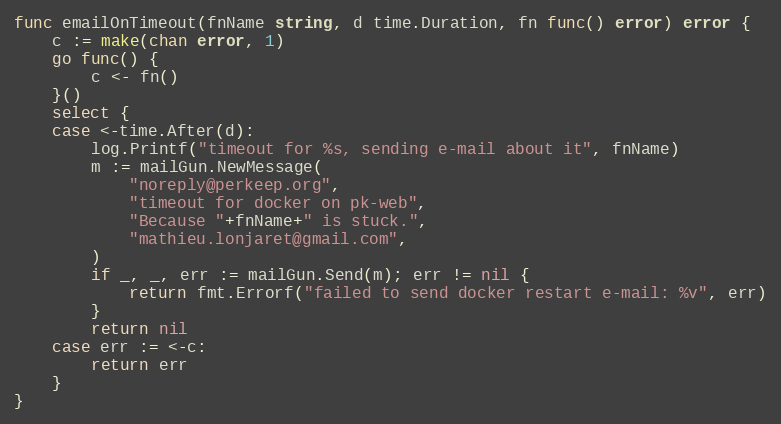
Language: Go
func emailOnTimeout(fnName string, d time.Duration, fn func() error) error {
	c := make(chan error, 1)
	go func() {
		c <- fn()
	}()
	select {
	case <-time.After(d):
		log.Printf("timeout for %s, sending e-mail about it", fnName)
		m := mailGun.NewMessage(
			"noreply@perkeep.org",
			"timeout for docker on pk-web",
			"Because "+fnName+" is stuck.",
			"mathieu.lonjaret@gmail.com",
		)
		if _, _, err := mailGun.Send(m); err != nil {
			return fmt.Errorf("failed to send docker restart e-mail: %v", err)
		}
		return nil
	case err := <-c:
		return err
	}
}